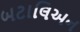
બટાલિઅન